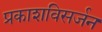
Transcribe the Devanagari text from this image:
प्रकाशविसर्जन